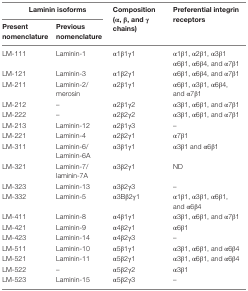
<table><thead><tr><td colspan="2"><b>Laminin isoforms</b></td><td rowspan="2"><b>Composition (α, β, and γ chains)</b></td><td rowspan="2"><b>Preferential integrin receptors</b></td></tr><tr><td><b>Present nomenclature</b></td><td><b>Previous nomenclature</b></td></tr></thead><tbody><tr><td>LM-111</td><td>Laminin-1</td><td>α1β1γ1</td><td>α1β1, α2β1, α3β1 α6β1, α6β4, and α7β1</td></tr><tr><td>LM-121</td><td>Laminin-3</td><td>α1β2γ1</td><td>α6β1, α6β4, and α7β1</td></tr><tr><td>LM-211</td><td>Laminin-2/merosin</td><td>α2β1γ1</td><td>α6β1, α3β1, α6β4, and α7β1</td></tr><tr><td>LM-212</td><td>–</td><td>α2β1γ2</td><td>α3β1, α6β1, and α7β1</td></tr><tr><td>LM-222</td><td>–</td><td>α2β2γ2</td><td>α3β1, α6β1, and α7β1</td></tr><tr><td>LM-213</td><td>Laminin-12</td><td>α2β1γ3</td><td>–</td></tr><tr><td>LM-221</td><td>Laminin-4</td><td>α2β2γ1</td><td>α7β1</td></tr><tr><td>LM-311</td><td>Laminin-6/Laminin-6A</td><td>α3β1γ1</td><td>α3β1 and α6β1</td></tr><tr><td>LM-321</td><td>Laminin-7/laminin-7A</td><td>α3β2γ1</td><td>ND</td></tr><tr><td>LM-323</td><td>Laminin-13</td><td>α3β2γ3</td><td>–</td></tr><tr><td>LM-332</td><td>Laminin-5</td><td>α3Bβ2γ1</td><td>α1β1, α3β1, α6β1, and α6β4</td></tr><tr><td>LM-411</td><td>Laminin-8</td><td>α4β1γ1</td><td>α3β1, α6β1, and α7β1</td></tr><tr><td>LM-421</td><td>Laminin-9</td><td>α4β2γ1</td><td>α6β1</td></tr><tr><td>LM-423</td><td>Laminin-14</td><td>α4β2γ3</td><td>–</td></tr><tr><td>LM-511</td><td>Laminin-10</td><td>α5β1γ1</td><td>α3β1, α6β1, and α6β4</td></tr><tr><td>LM-521</td><td>Laminin-11</td><td>α5β2γ1</td><td>α3β1, α6β1, and α6β4</td></tr><tr><td>LM-522</td><td>–</td><td>α5β2γ2</td><td>α3β1</td></tr><tr><td>LM-523</td><td>Laminin-15</td><td>α5β2γ3</td><td>–</td></tr></tbody></table>